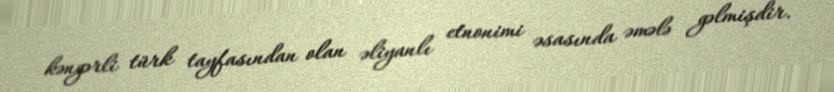
kəngərli türk tayfasından olan əliyanlı etnonimi əsasında əmələ gəlmişdir.